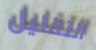
التقليل